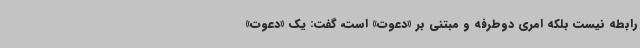
رابطه نیست بلکه امری دوطرفه و مبتنی بر «دعوت» است، گفت: یک «دعوت»